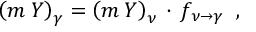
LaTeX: \left( m \: Y \right) _ { \gamma } = \left( m \: Y \right) _ { \nu } \, \cdot \, f _ { \, \nu \rightarrow \gamma } \; \; ,